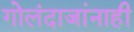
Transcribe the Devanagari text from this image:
गोलंदाजांनाही